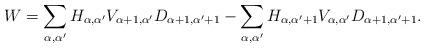
LaTeX: \begin{align*}W=\sum_{\alpha,\alpha'}H_{\alpha,\alpha'}V_{\alpha+1,\alpha'}D_{\alpha+1,\alpha'+1}-\sum_{\alpha,\alpha'}H_{\alpha,\alpha'+1}V_{\alpha,\alpha'}D_{\alpha+1,\alpha'+1}. \end{align*}